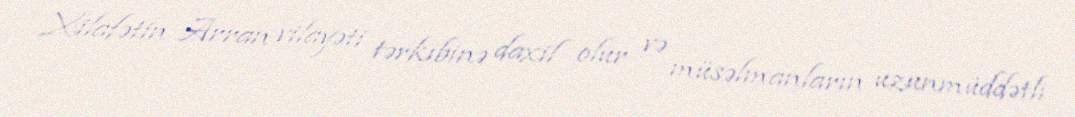
Xilafətin Arran vilayəti tərkibinə daxil olur və müsəlmanların uzunmüddətli